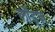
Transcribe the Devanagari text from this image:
लॉड्ज़